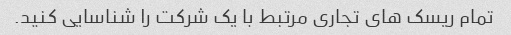
تمام ریسک های تجاری مرتبط با یک شرکت را شناسایی کنید.